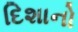
દિશાનો